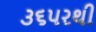
૩૬પરથી